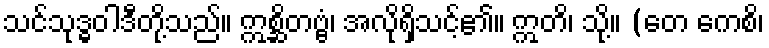
သင်သုဒ္ဓဝါဒီတို့သည်။ ဣစ္ဆိတဗ္ဗံ၊ အလိုရှိသင့်၏။ ဣတိ၊ သို့။ (တေ ကေစိ၊